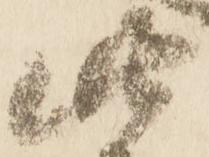
此